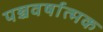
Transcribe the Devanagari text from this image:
पञ्चवर्षात्मक